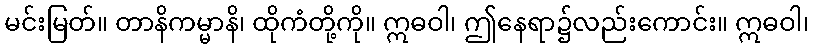
မင်းမြတ်။ တာနိကမ္မာနိ၊ ထိုကံတို့ကို။ ဣဓဝါ၊ ဤနေရာ၌လည်းကောင်း။ ဣဓဝါ၊